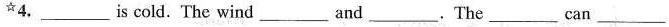
^{☆}4.___is cold. The wind__and___.The __can___